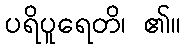
ပရိပူရေတိ၊ ၏။